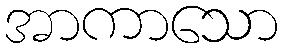
အာကာသော